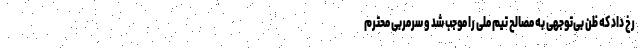
رخ داد که ظن بی‌توجهی به مصالح تیم ملی را موجب شد و سرمربی‌ محترم